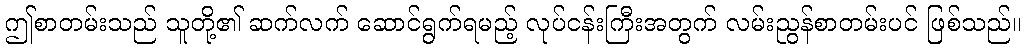
ဤစာတမ်းသည် သူတို့၏ ဆက်လက် ဆောင်ရွက်ရမည့် လုပ်ငန်းကြီးအတွက် လမ်းညွန်စာတမ်းပင် ဖြစ်သည်။